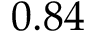
0 . 8 4